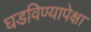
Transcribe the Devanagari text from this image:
घडविण्यापेक्षा